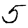
Digit: 5